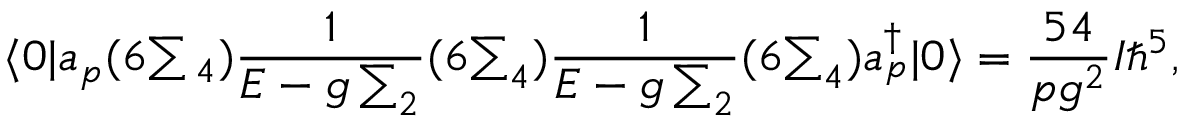
\langle 0 | a _ { p } ( 6 { \textstyle \sum { } _ { 4 } } ) { \frac { 1 } { E - g \sum _ { 2 } } } ( 6 { \textstyle \sum _ { 4 } } ) { \frac { 1 } { E - g \sum _ { 2 } } } ( 6 { \textstyle \sum _ { 4 } } ) a _ { p } ^ { \dagger } | 0 \rangle = { \frac { 5 4 } { p g ^ { 2 } } } I \hbar ^ { 5 } ,